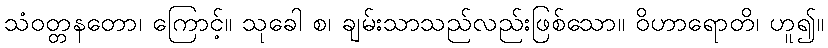
သံဝတ္တနတော၊ ကြောင့်။ သုခေါ စ၊ ချမ်းသာသည်လည်းဖြစ်သော။ ဝိဟာရောတိ၊ ဟူ၍။